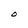
Character: O